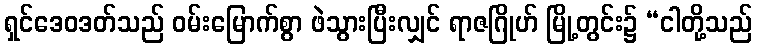
ရှင်ဒေဝဒတ်သည် ဝမ်းမြောက်စွာ ဖဲသွားပြီးလျှင် ရာဇဂြိုဟ် မြို့တွင်း၌ “ငါတို့သည်